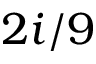
2 i / 9